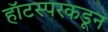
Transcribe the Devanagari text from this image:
हॉटस्परकडून